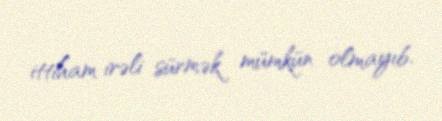
ittiham irəli sürmək mümkün olmayıb.